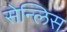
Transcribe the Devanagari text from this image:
सेन्लिस